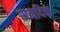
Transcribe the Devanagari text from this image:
समदिकं